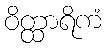
ဝိတ္ထာရိကံ